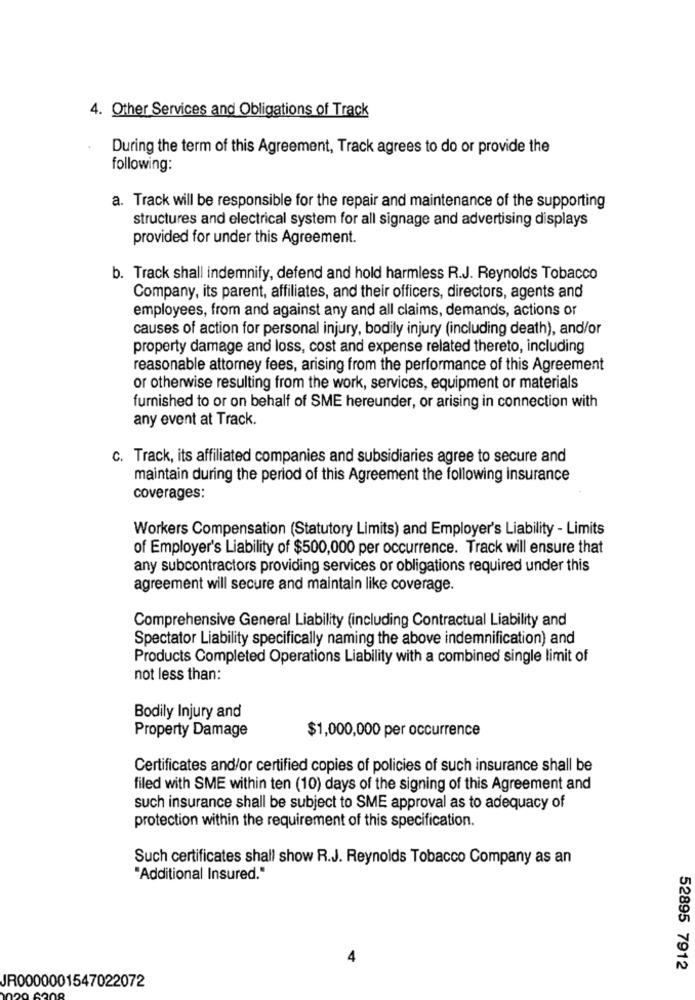
4. Other Services and Obligations of Track
During the term of this Agreement, Track agrees to do or provide the
following:
a. Track will be responsible for the repair and maintenance of the supporting
structures and electrical system for all signage and advertising displays
provided for under this Agreement.
b. Track shall indemnify, defend and hold harmless R.J. Reynolds Tobacco
Company, its parent, affiliates, and their officers, directors, agents and
employees, from and against any and all claims, demands, actions or
causes of action for personal injury, bodily injury (including death), and/or
property damage and loss, cost and expense related thereto, including
reasonable attorney fees, arising from the performance of this Agreement
or otherwise resulting from the work, services, equipment or materials
furnished to or on behalf of SME hereunder, or arising in connection with
any event at Track.
c. Track, its affiliated companies and subsidiaries agree to secure and
maintain during the period of this Agreement the following insurance
coverages:
Workers Compensation (Statutory Limits) and Employer's Liability - Limits
of Employer's Liability of $500,000 per occurrence. Track will ensure that
any subcontractors providing services or obligations required under this
agreement will secure and maintain like coverage.
Comprehensive General Liability (including Contractual Liability and
Spectator Liability specifically naming the above indemnification) and
Products Completed Operations Liability with a combined single limit of
not less than:
Bodily Injury and
Property Damage
$1,000,000 per occurrence
Certificates and/or certified copies of policies of such insurance shall be
filed with SME within ten (10) days of the signing of this Agreement and
such insurance shall be subject to SME approval as to adequacy of
protection within the requirement of this specification.
Such certificates shall show R.J. Reynolds Tobacco Company as an
"Additional Insured."
4
52895 7912
JR0000001547022072